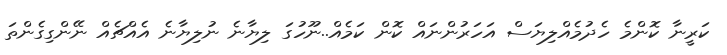
ކަރީނާ ކޮންމެ ހެދުމެއްލިޔަސް އަހަރުންނައް ކޮން ކަމެއް..ނޫހުގަ ލިޔާނެ ނުލިޔާނެ އެއްޗެއް ނޭންގިގެންތަ